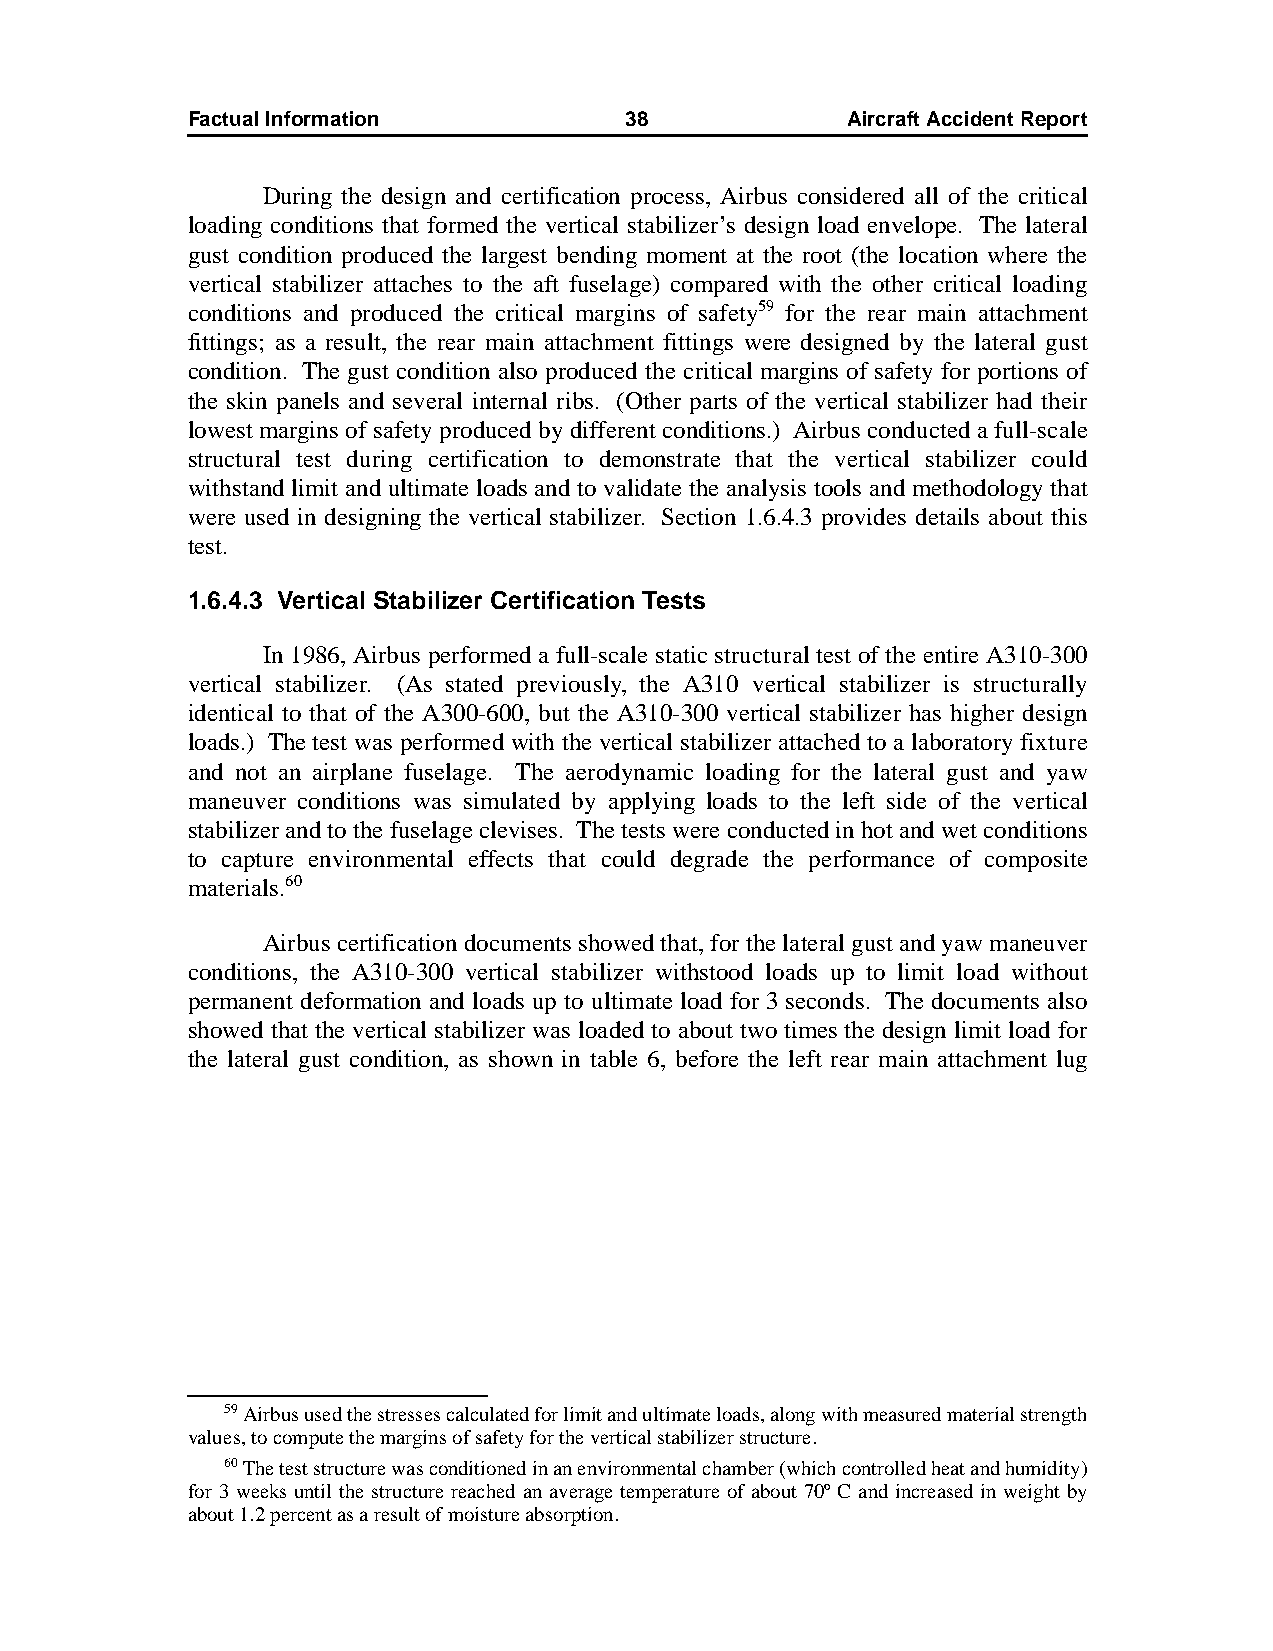
Factual Information          38             AircraftAccidentReport
 During the design and certification process, Airbus considered all of the critical
 loading conditions that formed the vertical stabilizer’s design load envelope. The lateral
 gust condition produced the largest bending moment at the root (the location where the
 vertical stabilizer attaches to the aft fuselage) compared with the other critical loading
 conditions and produced the critical margins of safety59 for the rear main attachment
 fittings; as a result, the rear main attachment fittings were designed by the lateral gust
 condition. The gust condition also produced the critical margins of safety for portions of
 the skin panels and several internal ribs. (Other parts of the vertical stabilizer had their
 lowest margins of safety produced by different conditions.) Airbus conducted a full-scale
 structural test during certification to demonstrate that the vertical stabilizer could
 withstand limit and ultimate loads and to validate the analysis tools and methodology that
 were used in designing the vertical stabilizer. Section 1.6.4.3 provides details about this
 test.
 1.6.4.3 Vertical Stabilizer Certification Tests
 In 1986, Airbus performed a full-scale static structural test of the entire A310-300
 vertical stabilizer. (As stated previously, the A310 vertical stabilizer is structurally
 identical to that of the A300-600, but the A310-300 vertical stabilizer has higher design
 loads.) The test was performed with the vertical stabilizer attached to a laboratory fixture
 and not an airplane fuselage. The aerodynamic loading for the lateral gust and yaw
 maneuver conditions was simulated by applying loads to the left side of the vertical
 stabilizer and to the fuselage clevises. The tests were conducted in hot and wet conditions
 to capture environmental effects that could degrade the performance of composite
 materials.60
 Airbus certification documents showed that, for the lateral gust and yaw maneuver
 conditions, the A310-300 vertical stabilizer withstood loads up to limit load without
 permanent deformation and loads up to ultimate load for 3seconds. The documents also
 showed that the vertical stabilizer was loaded to about two times the design limit load for
 the lateral gust condition, as shown in table 6, before the left rear main attachment lug
 59Airbus used the stresses calculated for limit and ultimate loads, along with measured material strength
 values, to compute the margins of safety for the vertical stabilizer structure.
 60The test structure was conditioned in an environmental chamber (which controlled heat and humidity)
 for 3 weeks until the structure reached an average temperature of about 70º C and increased in weight by
 about 1.2 percent as a result of moisture absorption.